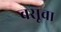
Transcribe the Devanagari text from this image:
वसूचा